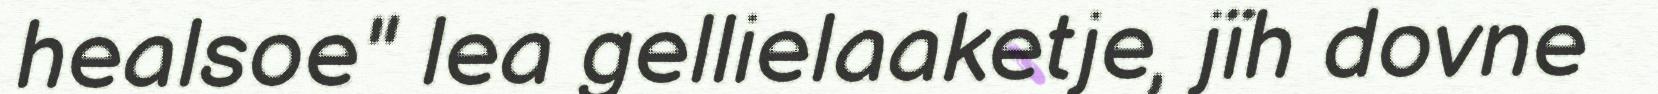
healsoe" lea gellielaaketje, jïh dovne